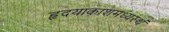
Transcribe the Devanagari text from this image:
हृदयाकाशमध्यस्थं